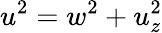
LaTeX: u^{2}=w^{2}+u_{z}^{2}